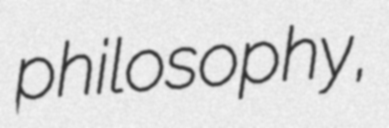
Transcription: philosophy,